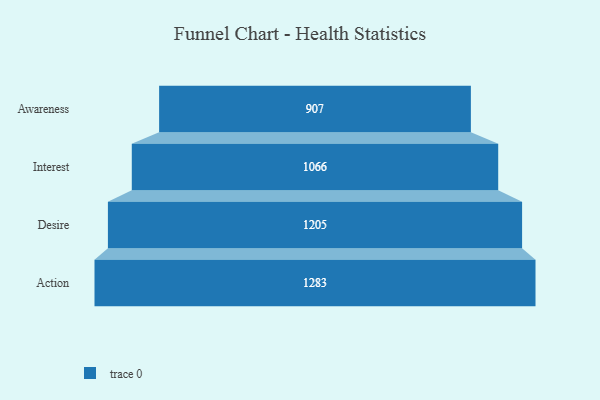
{"axis": {"x": "Stage", "y": "Value"}, "legend": [""], "data": [{"x": "Awareness", "y": 907.0, "type": ""}, {"x": "Interest", "y": 1066.0, "type": ""}, {"x": "Desire", "y": 1205.0, "type": ""}, {"x": "Action", "y": 1283.0, "type": ""}]}